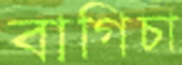
বাগিচা